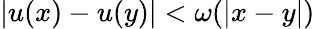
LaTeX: |u(x)-u(y)|<\omega(|x-y|)